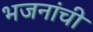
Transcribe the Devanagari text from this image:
भजनांची